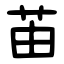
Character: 苖